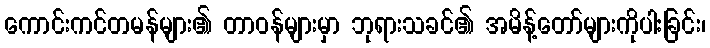
ကောင်းကင်တမန်များ၏ တာဝန်များမှာ ဘုရားသခင်၏ အမိန့်တော်များကိုပါးခြင်း၊